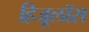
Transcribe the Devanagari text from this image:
हिजूलॉस